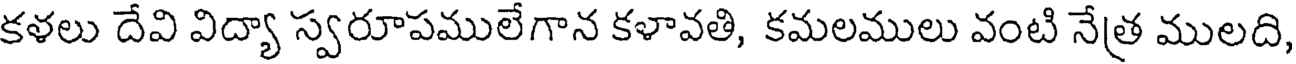
కళలు దేవి విద్యా స్వరూపములేగాన కళావతి, కమలములు వంటి నేత్ర ములది,